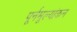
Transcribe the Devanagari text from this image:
पूर्नमूल्यांकन